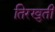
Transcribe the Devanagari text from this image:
तिरखुती